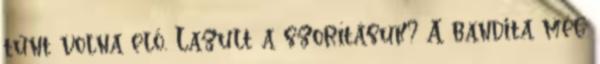
tűnt volna elő. Lazult a szorításuk? A bandita még